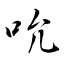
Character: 吮